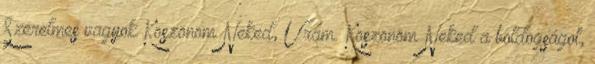
Szerelmes vagyok Köszönöm Neked, Uram. Köszönöm Neked a boldogságot,